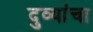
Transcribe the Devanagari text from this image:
दुव्यांचा